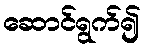
ဆောင်ရွက်၍